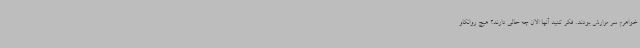
خواهرم سر مزارش بودند. فکر کنید آنها الان چه حالی دارند؟ هیچ روانکاو